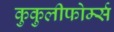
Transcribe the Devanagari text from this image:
कुकुलीफोर्म्स